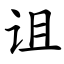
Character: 诅